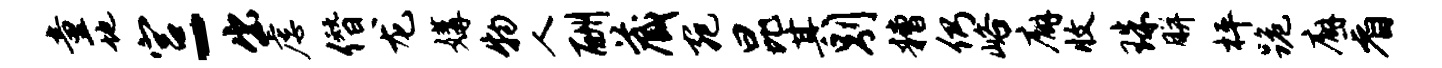
童地宫-出虐僭龙媾物人酬藏宛昆其别糟仍峪廨收珠胼枰跪廨看